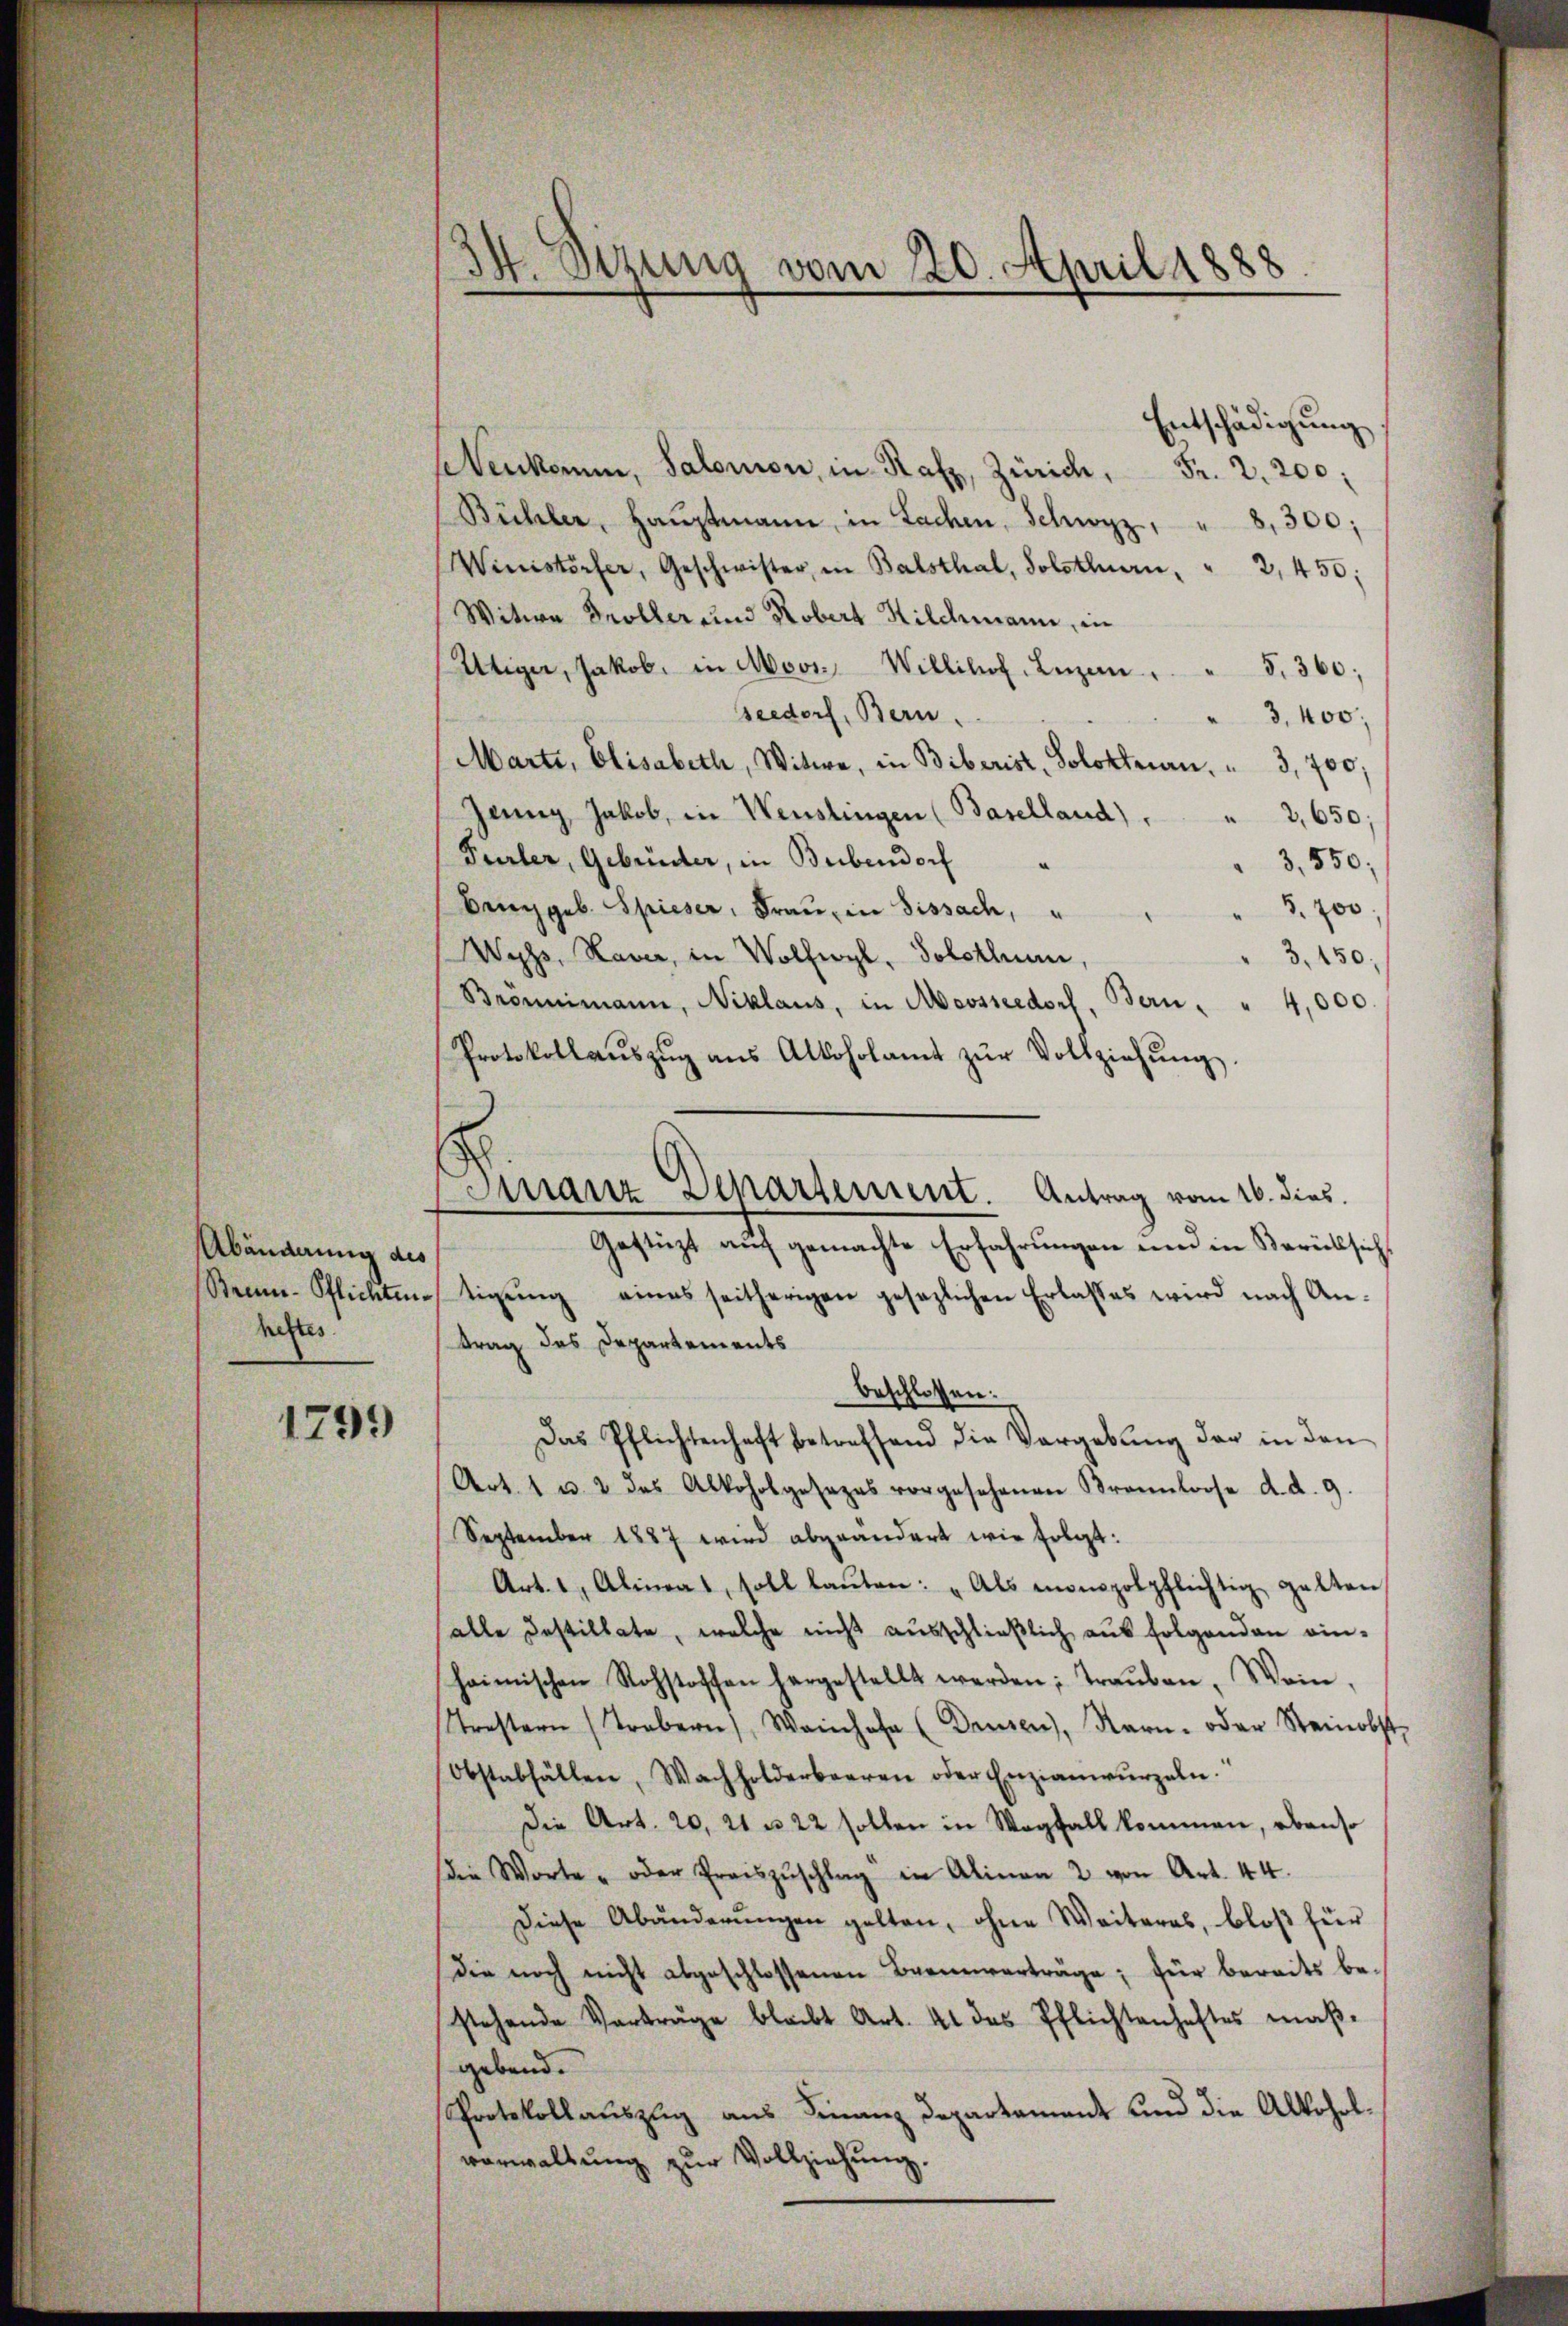
Abänderung des
heftes

1799

34. Sizung vom 20. April 1888

Entschädigung
Neukomm, Salomon, in Rafz, Zürich,
Fr. 2. 200.
Bühler, Haŭptmann, in Sachen, Schwyz, " 8,300;
Winistorfer, Geschwister, in Balsthal, Solothurn, " 2,450;
Witwe Troller und Robert Hilchmann, in
Utiger, Jakob, in Moos, Willihof. Luzan¬
5.360;
seedorf, Bern.
3,400;
Marti, Elisabeth, Witwe, in Biberist, Solotten. " 3,700,
Jenny Jakob, in Weistingen (Baselland) " " 2,650
Fürler, Gebrüder, in Beibendorf
3,550;
Dany geb. Spieser, Frau, in Sissach,
3. 700.
Wyss, Rama, in Wolfwyl, Solothurn,
3,150.
Brömmimann, Niklaus, in Messseedorf, Bern, " 4,000.
Protokollaŭszŭg aŭs Alkoholamt zŭr Vollziehŭng.
Steiner-Pflichten tigŭng eines seitherigen gesezlichen Erlasses wird nach Antrag des Departements
beschlossen:
Das Pflichtenhaft betreffend die Vorgebung der in den
Art. 1 u. 2 das Alkoholgesezes vorgesehenen Krannloose d. d. 9.
September 1887 wird abgeändert wir folgt:
Art. 1, Alineat, soll laŭten: „Als monopolpflichtig halten
alle Destillate, welche nicht ausschließlich aus folgenden einhaimischen Rohstoffen hergestellt werden; traŭben. Wein,
Strastern (Trebern, Weinhofe (Drusen, Sarn- oder Steinobst
Obstabfällen, Wachholderbaren oder Enzianwŭrzeln.
Die Art. 20, 21 u. 22 sollen in Wegfall kommen, ebenso
Die Worte " oder Fraiszŭschlag in Alinea 2 von Art. 44.
Diese Abänderŭngen gelten, ohne Weiteres, bloß für
Die noch nicht abgeschlossenen Braunverträge; für bereits bestehende Vorträge bleibt Art. 41 des Pflichtenhaftes maßgebend.
Protokollauszug aus Finanz Departement und die Alkoholverwaltŭng zŭr Vollziehung.

Ganz Departement. Antrag vom 16. dies
Gestüzt auf gemachte Erfahrungen und in Berücksich,